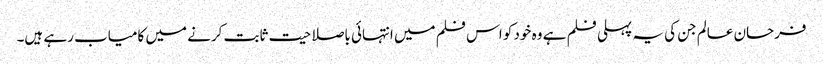
فرحان عالم جن کی یہ پہلی فلم ہے وہ خود کو اس فلم میں انتہائی باصلاحیت ثابت کرنے میں کامیاب رہے ہیں۔